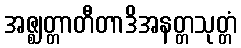
အဇ္ဈတ္တာတီတာဒိအနတ္တသုတ္တံ